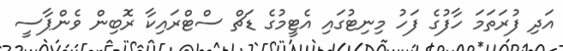
އަދި ފުރަތަމަ ހާފުގެ ފަހު މިނިޓުގައި އެޓީމުގެ ޑަޗް ސްޓްރައިކާ ރޮބިން ވެންޕާސީ